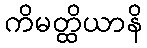
ကိမတ္ထိယာနိ